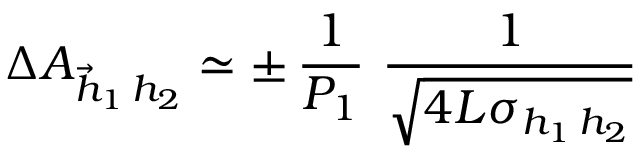
\Delta A _ { \vec { h } _ { 1 } \, h _ { 2 } } \simeq \pm \, \frac { 1 } { P _ { 1 } } \, \, \frac { 1 } { \sqrt { 4 { \cal { L } } \sigma _ { h _ { 1 } \, h _ { 2 } } } }